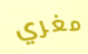
مغري